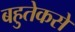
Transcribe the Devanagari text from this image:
बहुतेकसे